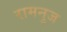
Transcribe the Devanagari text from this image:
रामनुज